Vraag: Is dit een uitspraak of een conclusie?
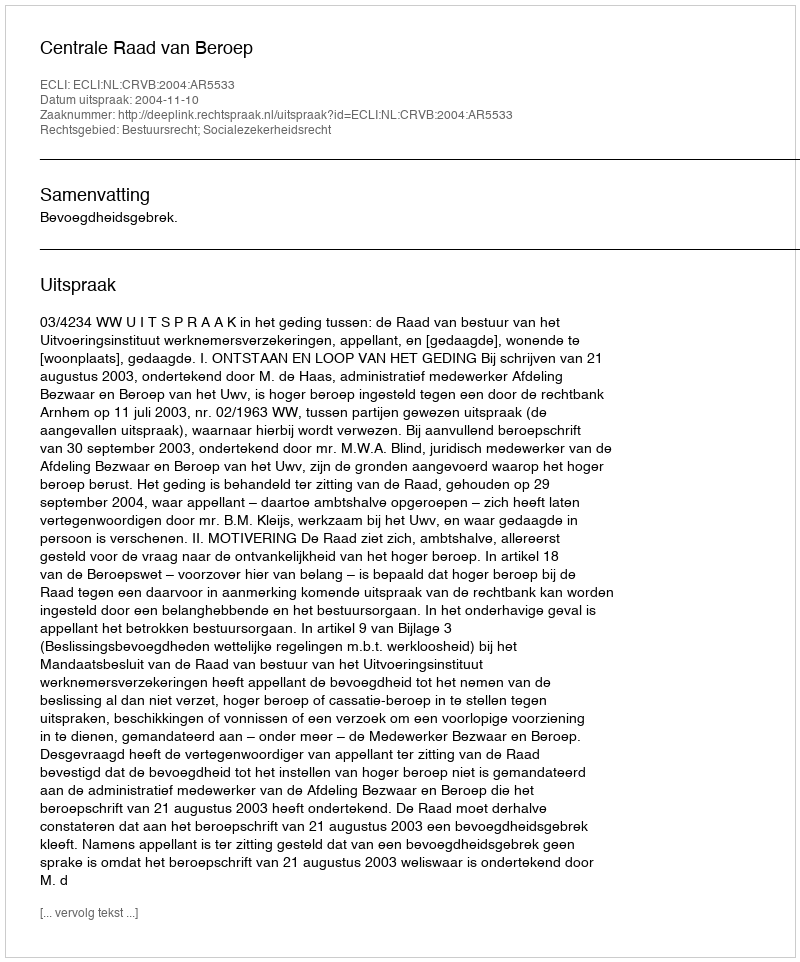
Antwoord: Uitspraak